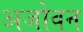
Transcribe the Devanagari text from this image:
अजोवन